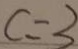
c = 3